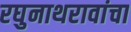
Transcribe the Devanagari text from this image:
रघुनाथरावांचा